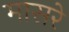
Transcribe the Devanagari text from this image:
मासरे